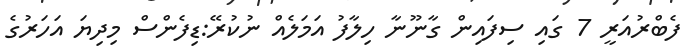
ފެބްރުއަރީ 7 ގައި ސިފައިން ގާނޫނާ ހިލާފު އަމަލެއް ނުކުރޭ:ޑިފެންސް މިދިޔަ އަހަރުގެ